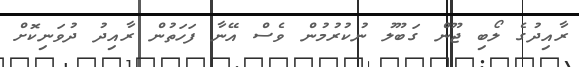
ރާއިދުގެ ލޯބި ޖޫން ގަބޫލު ނުކުރުމުން ވެސް އޭނާ ފަހަތުން ރާއިދު ދުވަނިކޮށް